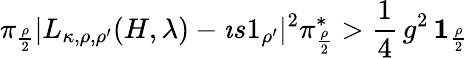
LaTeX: \pi_{\frac{\rho}{2}}|L_{\kappa,\rho,\rho^{\prime}}(H,\lambda)-\imath s1_{\rho^{\prime}}|^{2}\pi_{\frac{\rho}{2}}^{*}>\frac{1}{4}\, g^{2}\, {\mathbf 1}_{\frac{\rho}{2}}